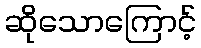
ဆိုသောကြောင့်